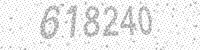
Solution: 618240